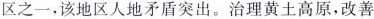
区之一，该地区人地矛盾突出。治理黄土高原，改善